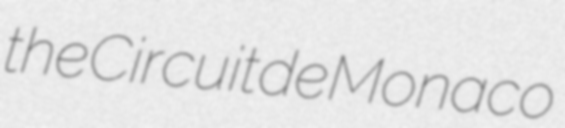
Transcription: the Circuit de Monaco